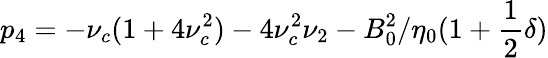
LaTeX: p_{4}=-\nu_{c}(1+4\nu_{c}^{2})-4\nu_{c}^{2}\nu_{2}-B_{0}^{2}/\eta_{0}(1+\frac{1}{2}\delta)